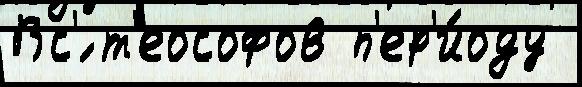
Вс'́ т'еософов п'ер'и́оду